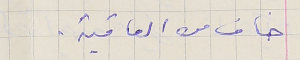
خاف من العاقبة.